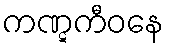
ကဏ္ဋကီဝနေ